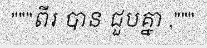
"""ពីរ បាន ជួបគ្នា ,"""